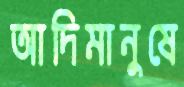
আদিমানুষে